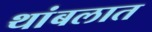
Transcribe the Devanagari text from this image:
थांबलात